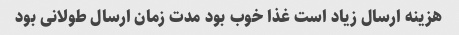
هزینه ارسال زیاد است غذا خوب بود مدت زمان ارسال طولانی بود